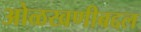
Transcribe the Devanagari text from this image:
ओळखणीबद्दल